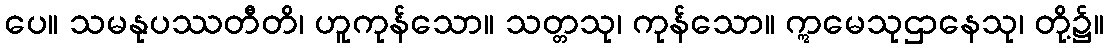
ပေ။ သမနုပဿတီတိ၊ ဟူကုန်သော။ သတ္တသု၊ ကုန်သော။ ဣမေသုဌာနေသု၊ တို့၌။